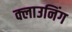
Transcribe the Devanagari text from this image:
क्लाउनिंग